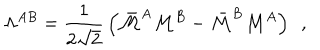
LaTeX: \Lambda ^ { A B } = { \frac { 1 } { 2 \sqrt { 2 } } } \left( \bar { \cal M } ^ { A } { \cal M } ^ { B } - \bar { \cal M } ^ { B } { \cal M } ^ { A } \right) ~ ~ ,